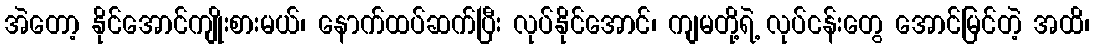
အဲတော့ နိုင်အောင်ကျိုးစားမယ်၊ နောက်ထပ်ဆက်ပြီး လုပ်နိုင်အောင်၊ ကျမတို့ရဲ့ လုပ်ငန်းတွေ အောင်မြင်တဲ့ အထိ၊